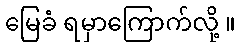
မြေခံ ရမှာကြောက်လို့ ။